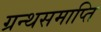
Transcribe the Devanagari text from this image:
ग्रन्थसमाप्ति